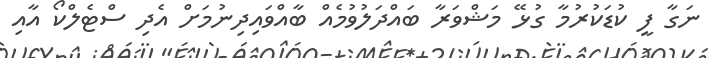
ނަގާ ފީ ކުޑަކުރުމާ ގުޅޭ މަޝްވަރާ ބައްދަލުވުމެއް ބާއްވައިދިނުމަށް އެދި ސްޓެލްކޯ އާއި